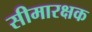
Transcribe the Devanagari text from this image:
सीमारक्षक